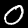
Digit: 0